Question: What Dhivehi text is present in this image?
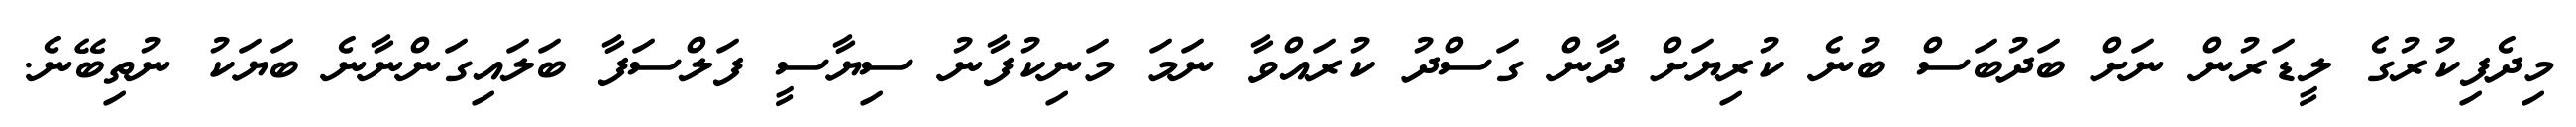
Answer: މިދެފިކުރުގެ ލީޑަރުން ނަށް ބަދުބަސް ބުނެ ކުރިޔަށް ދާން ގަސްދު ކުރައްވާ ނަމަ މަނިކުފާނު ސިޔާސީ ފަލްސަފާ ބަލައިގަންނާނެ ބަޔަކު ނުތިބޭނެ.